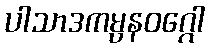
ပါသာဒကမ္ပနဝဂ္ဂေါ